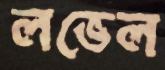
লভেল